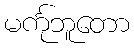
မင်္ကုဘူတော